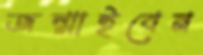
জন্মাইবেন